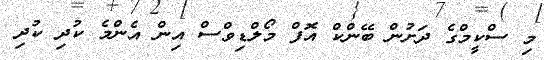
މި ސްކީމްގެ ދަށުން ބޭންކް އޮފް މޯލްޑިވްސް އިން އެންމެ ކުދި ކުދި